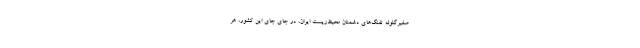
صفیرگلوله تفنگ‌های دشمنان محیط‌زیست ایران، در جای جای این کشور، هر